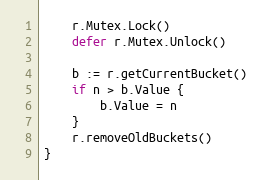
Language: Go
	r.Mutex.Lock()
	defer r.Mutex.Unlock()

	b := r.getCurrentBucket()
	if n > b.Value {
		b.Value = n
	}
	r.removeOldBuckets()
}